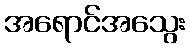
အရောင်အသွေး